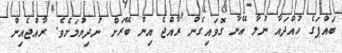
ބައްޕަގެ ހުއްދައާ ނުލާ އޭނާ ގޮވައިގެން ރާއްޖެ އިން ބޭރަށް ނުދިޔުމަށެވެ. ރާއްޖެއިން